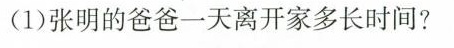
(1)张明的爸爸一天离开家多长时间?